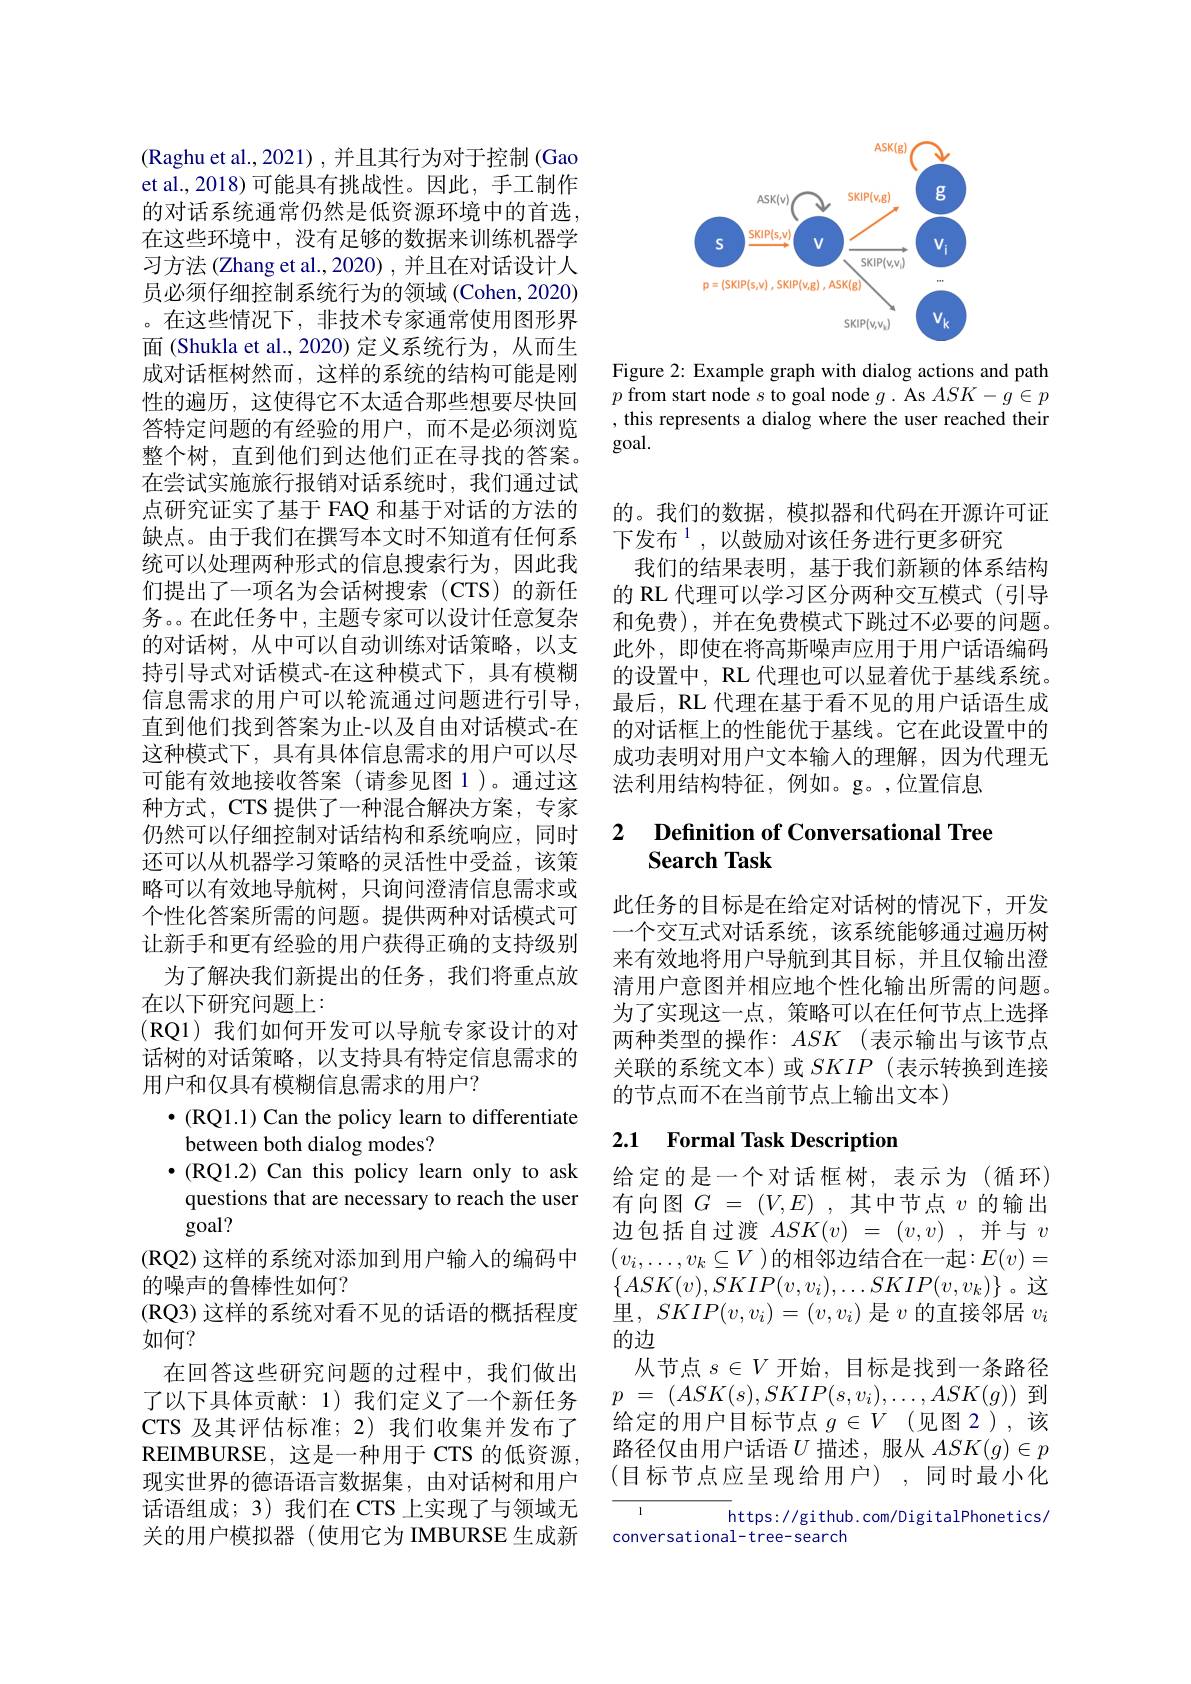
(Raghu et al., 2021), 并且其行为对于控制 (Gao et al., 2018) 可能具有挑战性。因此，手工制作的对话系统通常仍然是低资源环境中的首选， 在这些环境中，没有足够的数据来训练机器学习方法 (Zhang et al., 2020) , 并且在对话设计人员必须仔细控制系统行为的领域 (Cohen, 2020) 。在这些情况下，非技术专家通常使用图形界面 (Shukla et al., 2020) 定义系统行为，从而生成对话框树然而，这样的系统的结构可能是刚性的遍历，这使得它不太适合那些想要尽快回答特定问题的有经验的用户，而不是必须浏览整个树，直到他们到达他们正在寻找的答案。在尝试实施旅行报销对话系统时，我们通过试点研究证实了基于 FAQ 和基于对话的方法的缺点。由于我们在撰写本文时不知道有任何系统可以处理两种形式的信息搜索行为，因此我们提出了一项名为会话树搜索(CTS)的新任务。。在此任务中，主题专家可以设计任意复杂的对话树，从中可以自动训练对话策略，以支持引导式对话模式-在这种模式下，具有模糊信息需求的用户可以轮流通过问题进行引导， 直到他们找到答案为止-以及自由对话模式-在这种模式下，具有具体信息需求的用户可以尽可能有效地接收答案(请参见图 1)。通过这种方式，CTS 提供了一种混合解决方案，专家仍然可以仔细控制对话结构和系统响应，同时还可以从机器学习策略的灵活性中受益，该策略可以有效地导航树，只询问澄清信息需求或个性化答案所需的问题。提供两种对话模式可让新手和更有经验的用户获得正确的支持级别
为了解决我们新提出的任务，我们将重点放
在以下研究问题上：
(RQ1)我们如何开发可以导航专家设计的对话树的对话策略，以支持具有特定信息需求的用户和仅具有模糊信息需求的用户？
$\bullet ($RQ1. 1) Can the policy learn to differentiate
between both dialog modes?
$\bullet ($RQ1. 2) Can this policy learn only to ask questions that are necessary to reach the user goal?
(RQ2)这样的系统对添加到用户输入的编码中
的噪声的鲁棒性如何？
$(\mathbb{RQ}3)$这样的系统对看不见的话语的概括程度
如何？
在回答这些研究问题的过程中，我们做出了以下具体贡献：1)我们定义了一个新任务CTS 及其评估标准；2)我们收集并发布了REIMBURSE,这是一种用于 CTS 的低资源， 现实世界的德语语言数据集，由对话树和用户话语组成；3) 我们在 CTS 上实现了与领域无关的用户模拟器(使用它为 IMBURSE 生成新

<FigureHere>

Figure 2: Example graph with dialog actions and path $p$ from start node $s$ to goal node $g.$ As $ASK-g\in p$ , this represents a dialog where the user reached their goal.

的。我们的数据，模拟器和代码在开源许可证
下发布$^{1}$,以鼓励对该任务进行更多研究
我们的结果表明，基于我们新颖的体系结构的 RL 代理可以学习区分两种交互模式(引导和免费),并在免费模式下跳过不必要的问题。此外，即使在将高斯噪声应用于用户话语编码的设置中，RL 代理也可以显着优于基线系统。最后，RL 代理在基于看不见的用户话语生成的对话框上的性能优于基线。它在此设置中的成功表明对用户文本输入的理解，因为代理无法利用结构特征，例如。g。,位置信息

# $\begin{array}{ll}2&\textbf{Definition of Conversational Tree}\\&\text{Search Task}\end{array}$

此任务的目标是在给定对话树的情况下，开发一个交互式对话系统，该系统能够通过遍历树来有效地将用户导航到其目标，并且仅输出澄清用户意图并相应地个性化输出所需的问题。为了实现这一点，策略可以在任何节点上选择两种类型的操作：$ASK$ (表示输出与该节点关联的系统文本)或$SKIP$ (表示转换到连接的节点而不在当前节点上输出文本)

## 2.1 Formal Task Description

给定的是一个对话框树，表示为(循环) 有向图$G$ = $( V, E)$ ,其中节点$v$的输出边包括自过渡$ASK(v)=(v,v)$ ,并与$v$ $(v_i,\ldots,v_k\subseteq V$)的相邻边结合在一起$:E(v)=$ $\{ASK(v),SKIP(v,v_{i}),\ldots SKIP(v,v_{k})\}$。这里，$SKIP(v,v_i)=(v,v_i)$是$v$的直接邻居$v_i$ 的边
从节点$s\in V$开始，目标是找到一条路径$p$ = $( ASK( s) , SKIP( s, v_{i}) , \ldots , ASK( g) )$到给定的用户目标节点 $g\in V$ (见图 2),该路径仅由用户话语$U$描述，服从$ASK(g)\in p$ (目标节点应呈现给用户),同时最小化
https: / / gi thub. com/ D igi tal Phonet ics/

conversational-tree-search